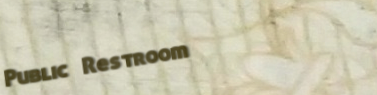
Public Restroom